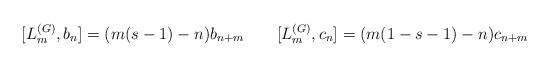
LaTeX: \begin{align*}[L^{(G)}_m,b_n]=(m(s-1)-n)b_{n+m} \qquad [L^{(G)}_m,c_n]=(m(1-s-1)-n)c_{n+m}\end{align*}